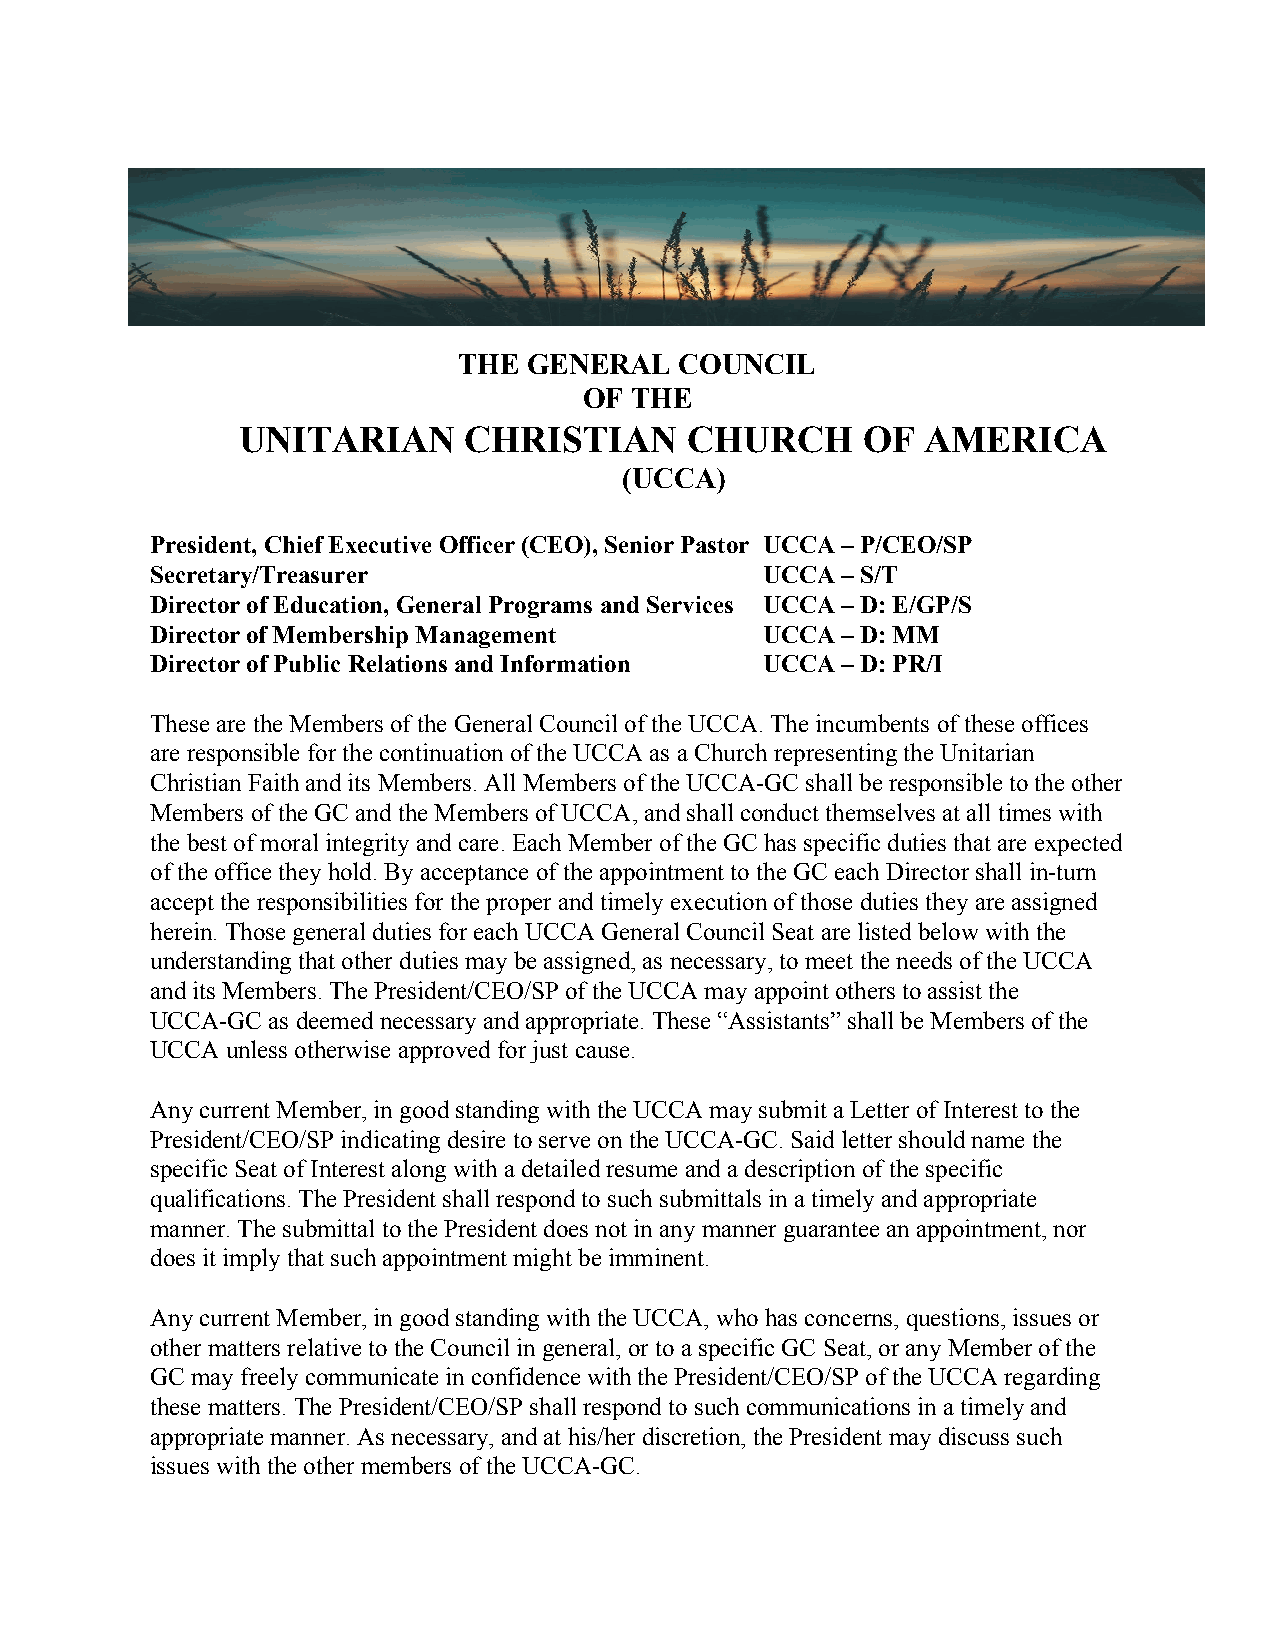
THE  GENERAL   COUNCIL
 OF THE
 UNITARIAN      CHRISTIAN     CHURCH      OF  AMERICA
 (UCCA)
 President, Chief Executive Officer (CEO), Senior Pastor UCCA – P/CEO/SP
 Secretary/Treasurer                     UCCA  – S/T
 Director of Education, General Programs and Services UCCA – D: E/GP/S
 Director of Membership Management       UCCA  – D: MM
 Director of Public Relations and Information UCCA – D: PR/I
 ​
 These are the Members of the General Council of the UCCA. The incumbents of these offices
 are responsible for the continuation of the UCCA as a Church representing the Unitarian
 Christian Faith and its Members. All Members of the UCCA-GC shall be responsible to the other
 Members of the GC and the Members of UCCA, and shall conduct themselves at all times with
 the best of moral integrity and care. Each Member of the GC has specific duties that are expected
 of the office they hold. By acceptance of the appointment to the GC each Director shall in-turn
 accept the responsibilities for the proper and timely execution of those duties they are assigned
 herein. Those general duties for each UCCA General Council Seat are listed below with the
 understanding that other duties may be assigned, as necessary, to meet the needs of the UCCA
 and its Members. The President/CEO/SP of the UCCA may appoint others to assist the
 UCCA-GC as deemed necessary and appropriate. These “Assistants” shall be Members of the
 UCCA unless otherwise approved for just cause.
 Any current Member, in good standing with the UCCA may submit a Letter of Interest to the
 President/CEO/SP indicating desire to serve on the UCCA-GC. Said letter should name the
 specific Seat of Interest along with a detailed resume and a description of the specific
 qualifications. The President shall respond to such submittals in a timely and appropriate
 manner. The submittal to the President does not in any manner guarantee an appointment, nor
 does it imply that such appointment might be imminent.
 Any current Member, in good standing with the UCCA, who has concerns, questions, issues or
 other matters relative to the Council in general, or to a specific GC Seat, or any Member of the
 GC may freely communicate in confidence with the President/CEO/SP of the UCCA regarding
 these matters. The President/CEO/SP shall respond to such communications in a timely and
 appropriate manner. As necessary, and at his/her discretion, the President may discuss such
 issues with the other members of the UCCA-GC.